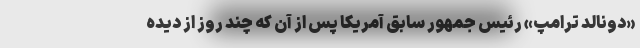
«دونالد ترامپ» رئیس جمهور سابق آمریکا پس از آن که چند روز از دیده